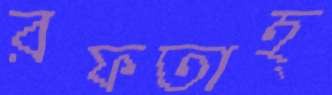
রফতাহ্